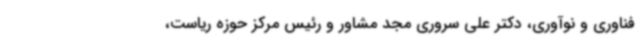
فناوری و نوآوری، دکتر علی سروری مجد مشاور و رئیس مرکز حوزه ریاست،